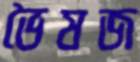
ভৈষজ